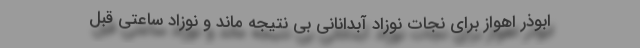
ابوذر اهواز برای نجات نوزاد آبدانانی بی نتیجه ماند و نوزاد ساعتی قبل